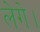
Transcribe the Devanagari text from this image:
लेगे।